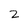
Character: 2